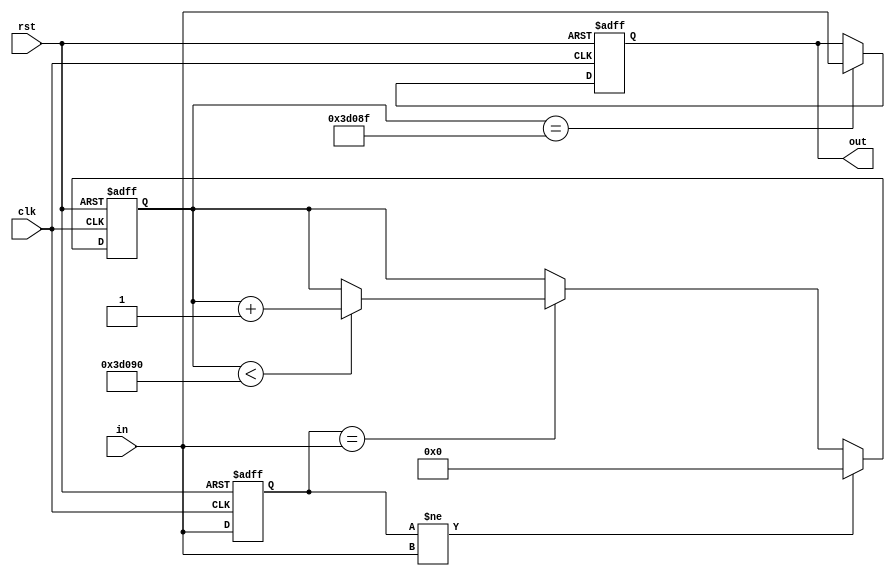
module debounce(
    input clk, rst,
    input in,
	output reg out
    );

parameter delay_max = 20'd250000;

reg [31:0] delay_cnt;
reg        key_reg;

always @(posedge clk,posedge rst) begin 
    if (rst) begin 
        key_reg   <= 1'b0;
        delay_cnt <= 20'd0;
    end
    else begin
        key_reg <= in;
        if(key_reg != in)
            delay_cnt <= 20'd0;//10ms delay on 25Mhz clk
        else if(key_reg == in) begin
                 if(delay_cnt < delay_max)
                     delay_cnt <= delay_cnt + 1'b1;
                 else
                     delay_cnt <= delay_cnt;
             end           
    end   
end

always @(posedge clk, posedge rst) begin 
    if (rst) begin 
        out <= 1'b0;          
    end
    else begin
        if(delay_cnt == delay_max - 1'b1) begin
            out <= in;
        end
        else begin
            out <= out; 
        end  
    end   
end
    
endmodule